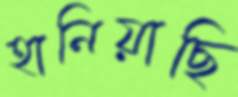
হানিয়াছি